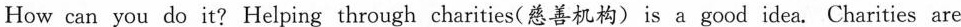
How can you do it? Helping through charities(慈善机构) is a good idea. Charities are